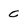
Character: C